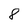
Character: 8